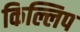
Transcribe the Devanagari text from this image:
किल्लिप